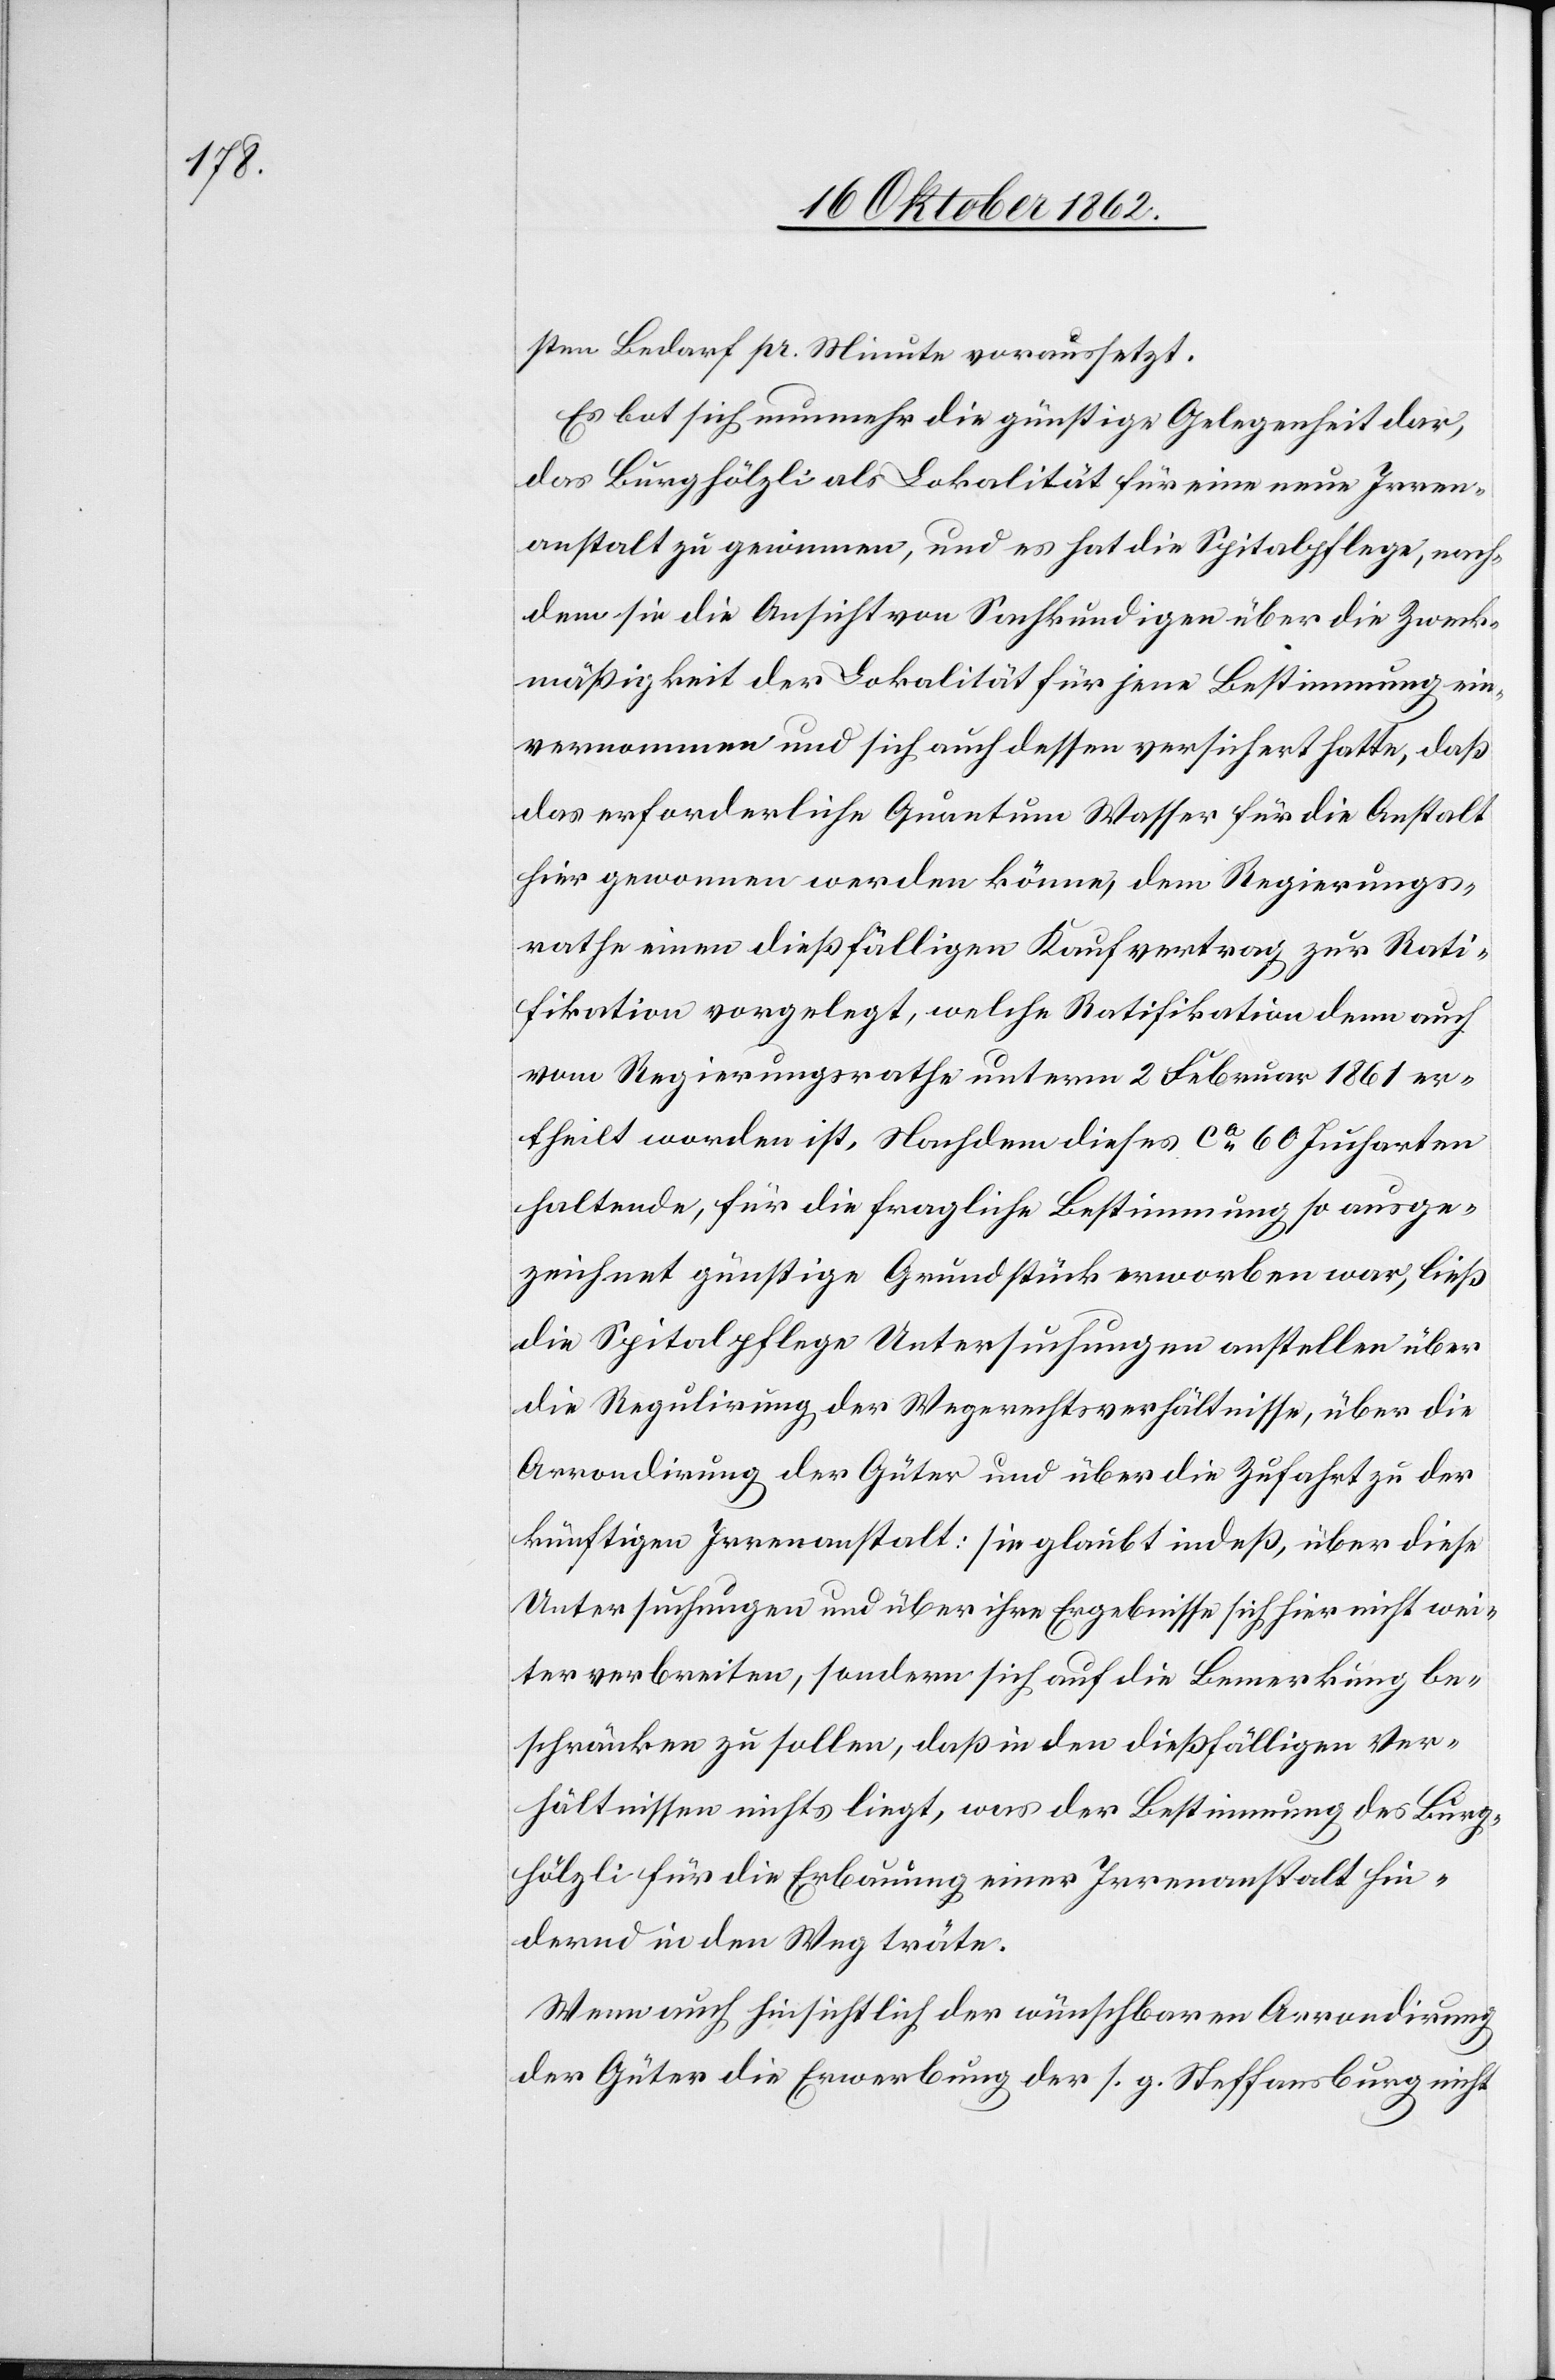
sten Bedarf pr. Minute voraussetzt.
Es bot sich nunmehr die günstige Gelegenheit dar,
das Burghölzli als Lokalität für eine neue Irren¬
anstalt zu gewinnen, und es hat die Spitalpflege, nach¬
dem sie die Ansicht von Sachkundigen über die Zweck¬
mäßigkeit der Lokalität für jene Bestimmung ein¬
vernommen und sich auch dessen versichert hatte, daß
das erforderliche Quantum Wasser für die Anstalt
hier gewonnen werden könne, dem Regierungs¬
rathe einen dießfälligen Kaufvertrag zur Rati¬
fikation vorgelegt, welche Ratifikation denn auch
vom Regierungsrathe unterm 2. Februar 1861 er¬
theilt worden ist. Nachdem dieses ca 60 Jucharten
haltende, für die fragliche Bestimmung so ausge¬
zeichnet günstige Grundstück erworben war, ließ
die Spitalpflege Untersuchungen anstellen über
die Regulirung der Wegerechtsverhältnisse, über die
Arrondirung der Güter und über die Zufahrt zu der
künftigen Irrenanstalt: sie glaubt indeß, über diese
Untersuchungen und über ihre Ergebnisse sich hier nicht wei¬
ter verbreiten, sondern sich auf die Bemerkung be¬
schränken zu sollen, da in den dießfälligen Ver¬
hältnissen nichts liegt, was der Bestimmung des Burg¬
hölzli für die Erbauung einer Irrenanstalt hin¬
dernd in den Weg träte.
Wenn auch hinsichtlich der wünschbaren Arrondirung
der Güter die Erwerbung der s. g. Steffansburg nicht